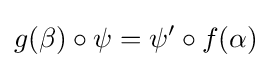
g(\beta )\circ \psi =\psi '\circ f(\alpha )